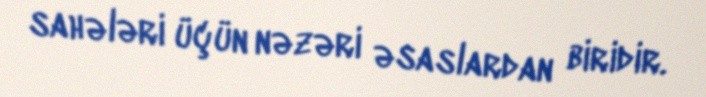
sahələri üçün nəzəri əsaslardan biridir.